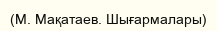
(М. Мақатаев. Шығармалары)